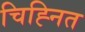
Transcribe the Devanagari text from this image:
चिह्‍नित